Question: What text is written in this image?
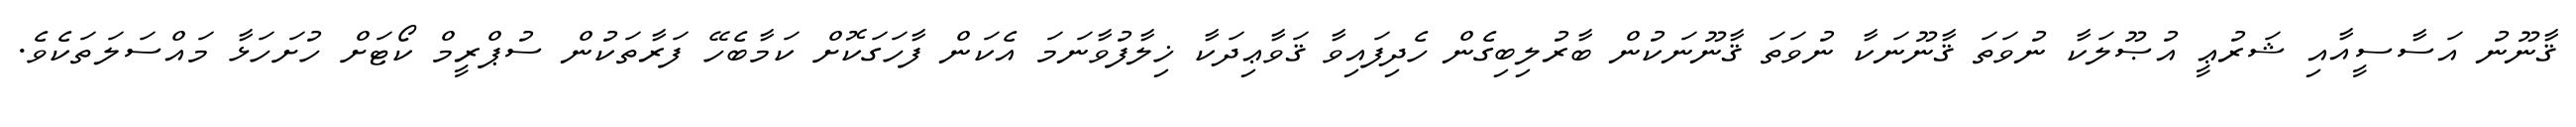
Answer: ޤާނޫނު އަސާސީއާއި ޝަރުޢީ އުޞޫލަކާ ނުވަތަ ޤާނޫނަކާ ނުވަތަ ޤާނޫނަކުން ބާރުލިބިގެން ހެދިފައިވާ ޤަވާޢިދަކާ ޚިލާފުވާނަމަ އެކަން ފާހަގަކޮށް ކަމާބެހޭ ފަރާތަކުން ސުޕްރީމް ކޯޓަށް ހުށަހަޅާ މައްސަލަތަކެވެ.